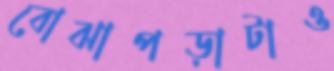
বোঝাপড়াটাও